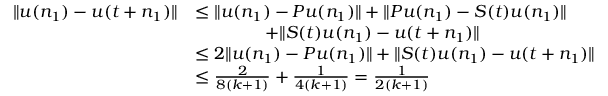
\begin{array} { r l } { \| u ( n _ { 1 } ) - u ( t + n _ { 1 } ) \| } & { \leq \| u ( n _ { 1 } ) - P u ( n _ { 1 } ) \| + \| P u ( n _ { 1 } ) - S ( t ) u ( n _ { 1 } ) \| } \\ & { \qquad \qquad + \| S ( t ) u ( n _ { 1 } ) - u ( t + n _ { 1 } ) \| } \\ & { \leq 2 \| u ( n _ { 1 } ) - P u ( n _ { 1 } ) \| + \| S ( t ) u ( n _ { 1 } ) - u ( t + n _ { 1 } ) \| } \\ & { \leq \frac { 2 } { 8 ( k + 1 ) } + \frac { 1 } { 4 ( k + 1 ) } = \frac { 1 } { 2 ( k + 1 ) } } \end{array}